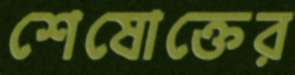
শেষোক্তের